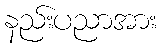
နည်းပညာအား